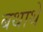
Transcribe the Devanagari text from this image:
बथाथे